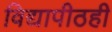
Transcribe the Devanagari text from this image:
विद्यापीठही